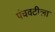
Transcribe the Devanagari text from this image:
पंचवटीला